Scottish Leaving Certificate Examination, 1959
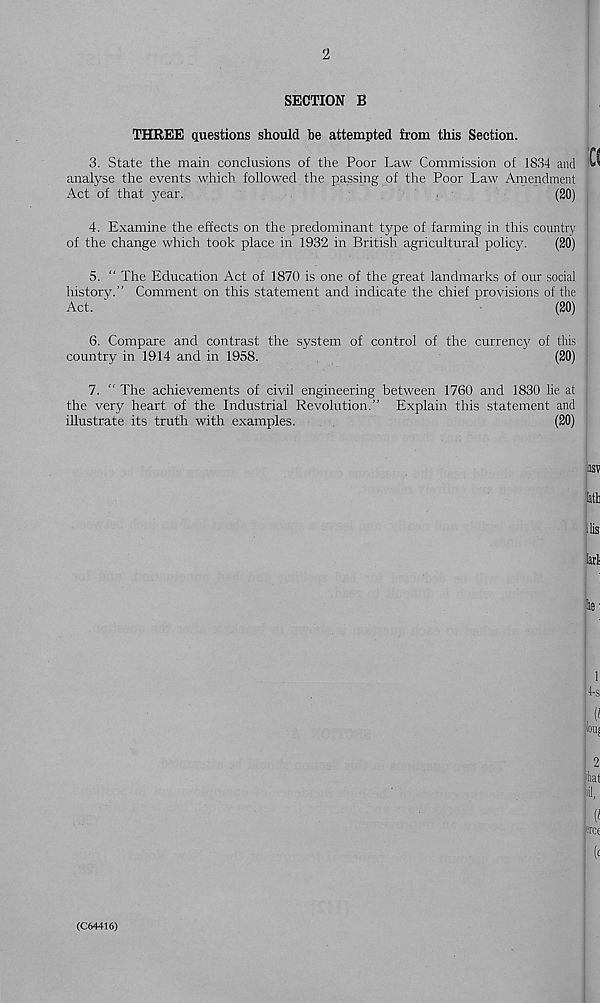
2
SECTION B
THREE questions should be attempted from this Section.
3. State the main conclusions of the Poor Law Commission of 1834 and ^
analyse the events which followed the passing of the Poor Law Amendment
Act of that year.
(20)
4. Examine the effects on the predominant t\?pe of farming in this country
of the change which took place in 1932 in British agricultural policy.
(20)
5. “ The Education Act of 1870 is one of the great landmarks of our social I
history.” Comment on this statement and indicate the chief provisions of the
Act. '
(20)
6. Compare and contrast the system of control of the currency of this
country in 1914 and in 1958.
(20)
7. “ The achievements of civil engineering between 1760 and 1830 lie at
the very heart of the Industrial Revolution.” Explain this statement and :
illustrate its truth with examples.
(20)
»
lath
llis
lari
■ lie ■
Jill!
2
hat
(I
T«
(<
(C64416)